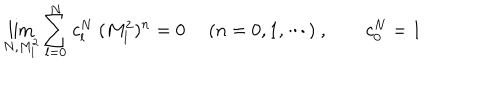
\lim _ { N , M _ { l } ^ { 2 } } \sum _ { l = 0 } ^ { N } c _ { l } ^ { N } \ ( M _ { l } ^ { 2 } ) ^ { n } = 0 \ \quad ( n = 0 , 1 , \cdots ) \ , \qquad c _ { 0 } ^ { N } = 1